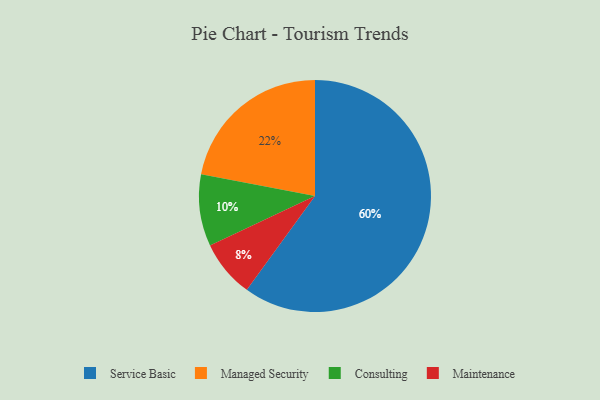
{"axis": {"x": "Category", "y": "Percentage"}, "legend": ["Consulting", "Maintenance", "Managed Security", "Service Basic"], "data": [{"x": "Consulting", "y": 10, "type": "Consulting"}, {"x": "Service Basic", "y": 60, "type": "Service Basic"}, {"x": "Maintenance", "y": 8, "type": "Maintenance"}, {"x": "Managed Security", "y": 22, "type": "Managed Security"}]}